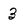
Character: 3